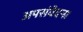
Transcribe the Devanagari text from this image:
अपसंवेदना